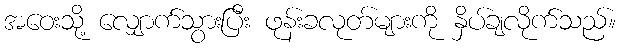
အဝေးသို့ လျှောက်သွားပြီး ဖုန်းခလုတ်များကို နှိပ်ချလိုက်သည်။